Juuru_vallavalitsus, lk 26
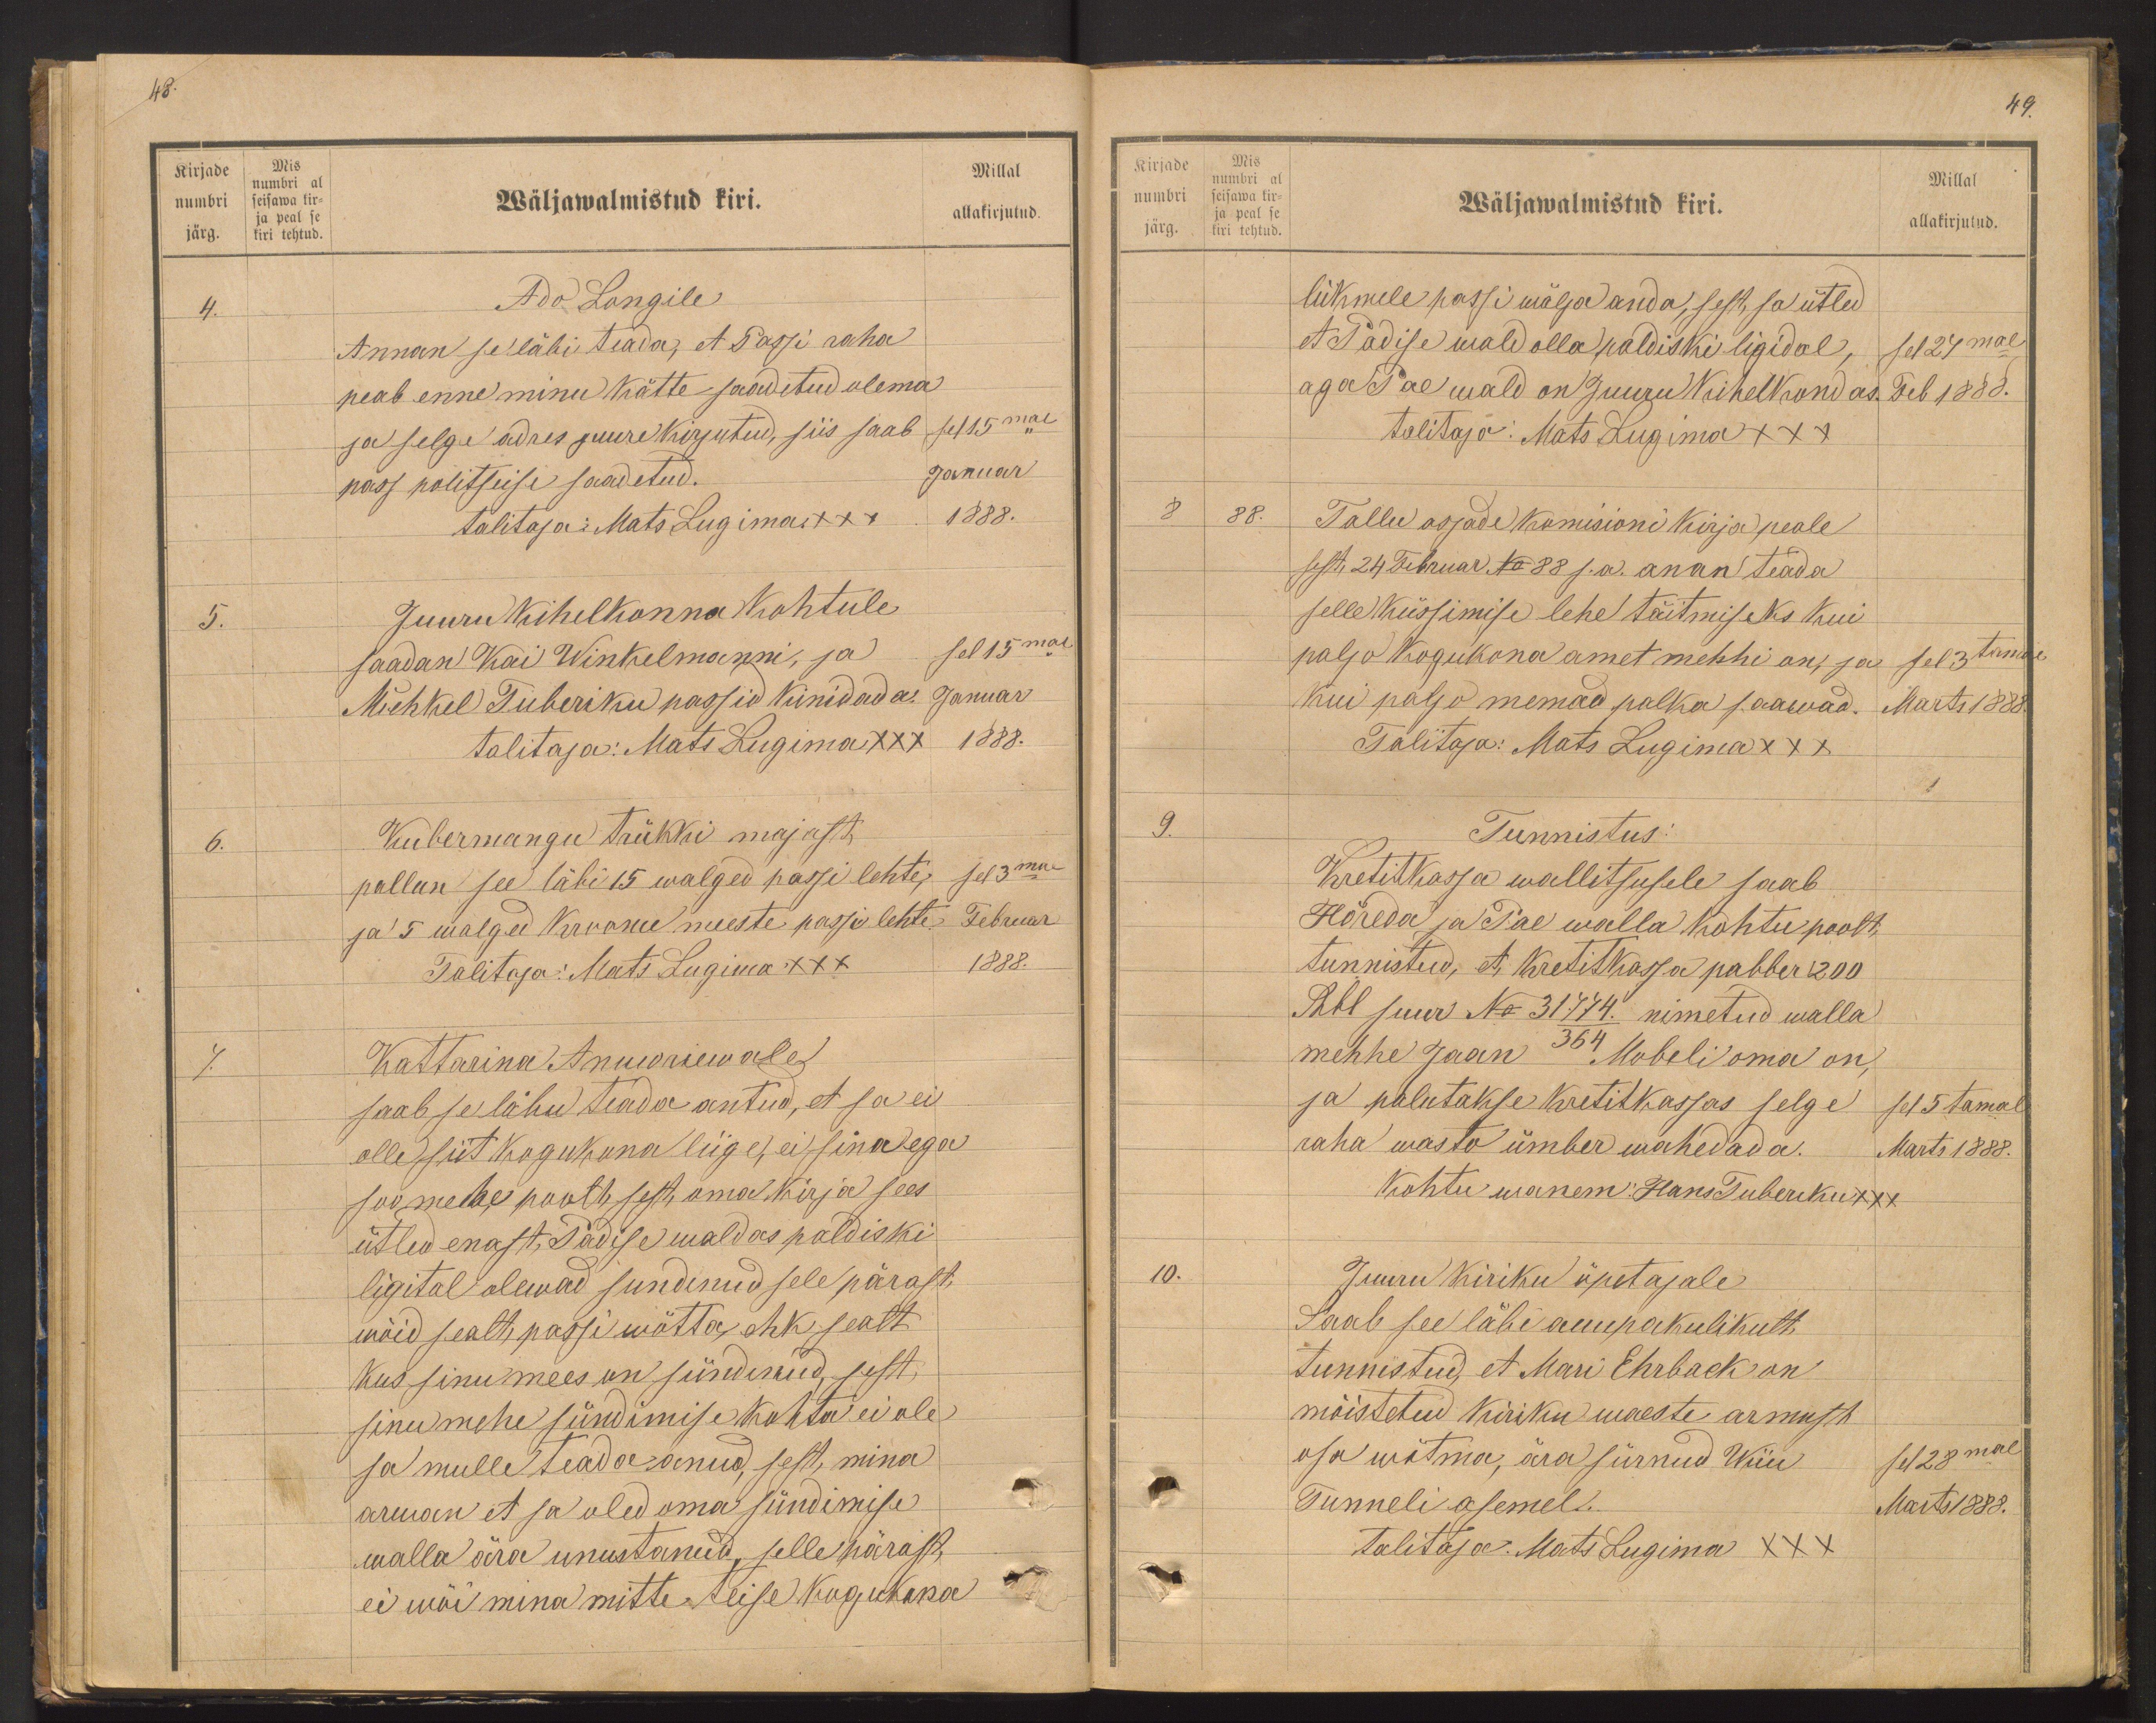
Kirjade
numbri
järg.
Mis
numbri al
seisawa kir-
ja peal se
kiri tehtud.

48.
Millal
Wäljawalmistud kiri.
allakirjutud.
4.
Ado Langile
Annan se läbi teada, et Passi raha
peab enne minu kätte saadetud olema
ja selge adres juure kirjutud, siis saab sel 15mal
pass politseise saadetud.
januar
talitaja: Mats Lugima +++ 1888.
5.
Juuru kihelkonna kohtule
saadan Kai Winkelmanni, ja sel 15mal
Mihkel Tuberiku passid kinidada. Januar
talitaja: Mats Lugima XXX 1888.
6.
Kubermangu trükki majast
pallun see läbi 15 walged passi lehte, sel 3mal
ja 5 walged kroonu meeste passi lehte. Februar
Talitaja: Mats Lugima XXX
1888.
7.
Kattarina Annariewale
saab se läbu teada antud, et sa ei
olle siit kogukuna liige, ei sina ega
soo mehe poolt, sest oma kirja sees
ütled enast, Padise waldas paldiski
ligital olewad sundinud sele pärast
wõid sealt passi wõtta ehk sealt
kus sinu mees on sündinud, sest
sinu mehe sündimise kohta ei ole
sa mulle teada anud, sest, mina
arwan et sa oled oma sündimise
walla ära unustanud, selle pärast,
ei wöi mina mitte teise kogukona

Kirjade
numbri
järg.
Mis
numbri al
seisawa kir-
ja peals e
kiri tehtud.

49.
Millal
Wäljawalmistud kiri.
allakirjutud.
liikmele passi wälja anda, sest, sa ütled
et Padise wald olla paldiski ligidal,
sel 24mal
aga Pae wald on Juuru Kihelkondas.
Feb 1888.
talitaja: Mats Lugima XXX
8
88.
Tallu asjade komisioni kirja peale
sest, 24 Februar No 88 s.a. anna teada
selle küssimise lehe täitmiseks kui
paljo kogukona amet mehhi on, ja
Sel 3tamal
kui paljo nemad palka saawad.
Marts 1888.
Talitaja: Mats Lugima XXX
9.
Tunnistus.
Kretitkassa wallitsusele saab
Hõreda ja Pae walla kohtu poolt,
tunnistud, et kretitkassa pabber 200
Rbl suur No 31774. nimetud walla
mehhe Jaan 364 Mobeli oma on,
ja palutakse kretitkassas selge
sel 5 tamal
raha wasto ümber wahedada.
Marts 1888.
Kohtu wanem Hans Tuberiku XXX
10.
Juuru kiriku õpetajale
Saab see läbi auupakulikult,
tunnistud, et Mari Ehrback on
mõistetud kiriku uueste armust
osa wõtma, ära sürnud Wiiu
sel 28mal
Tunneli asemel.
Marts 1888.
Talitaja. Mats Lugima XXX